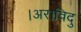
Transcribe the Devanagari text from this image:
।अराविदु